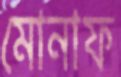
মোনাফ